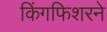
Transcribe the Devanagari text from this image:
किंगफिशरने